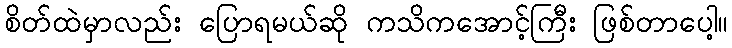
စိတ်ထဲမှာလည်း ပြောရမယ်ဆို ကသိကအောင့်ကြီး ဖြစ်တာပေါ့။